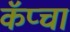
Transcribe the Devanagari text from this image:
कॅप्चा